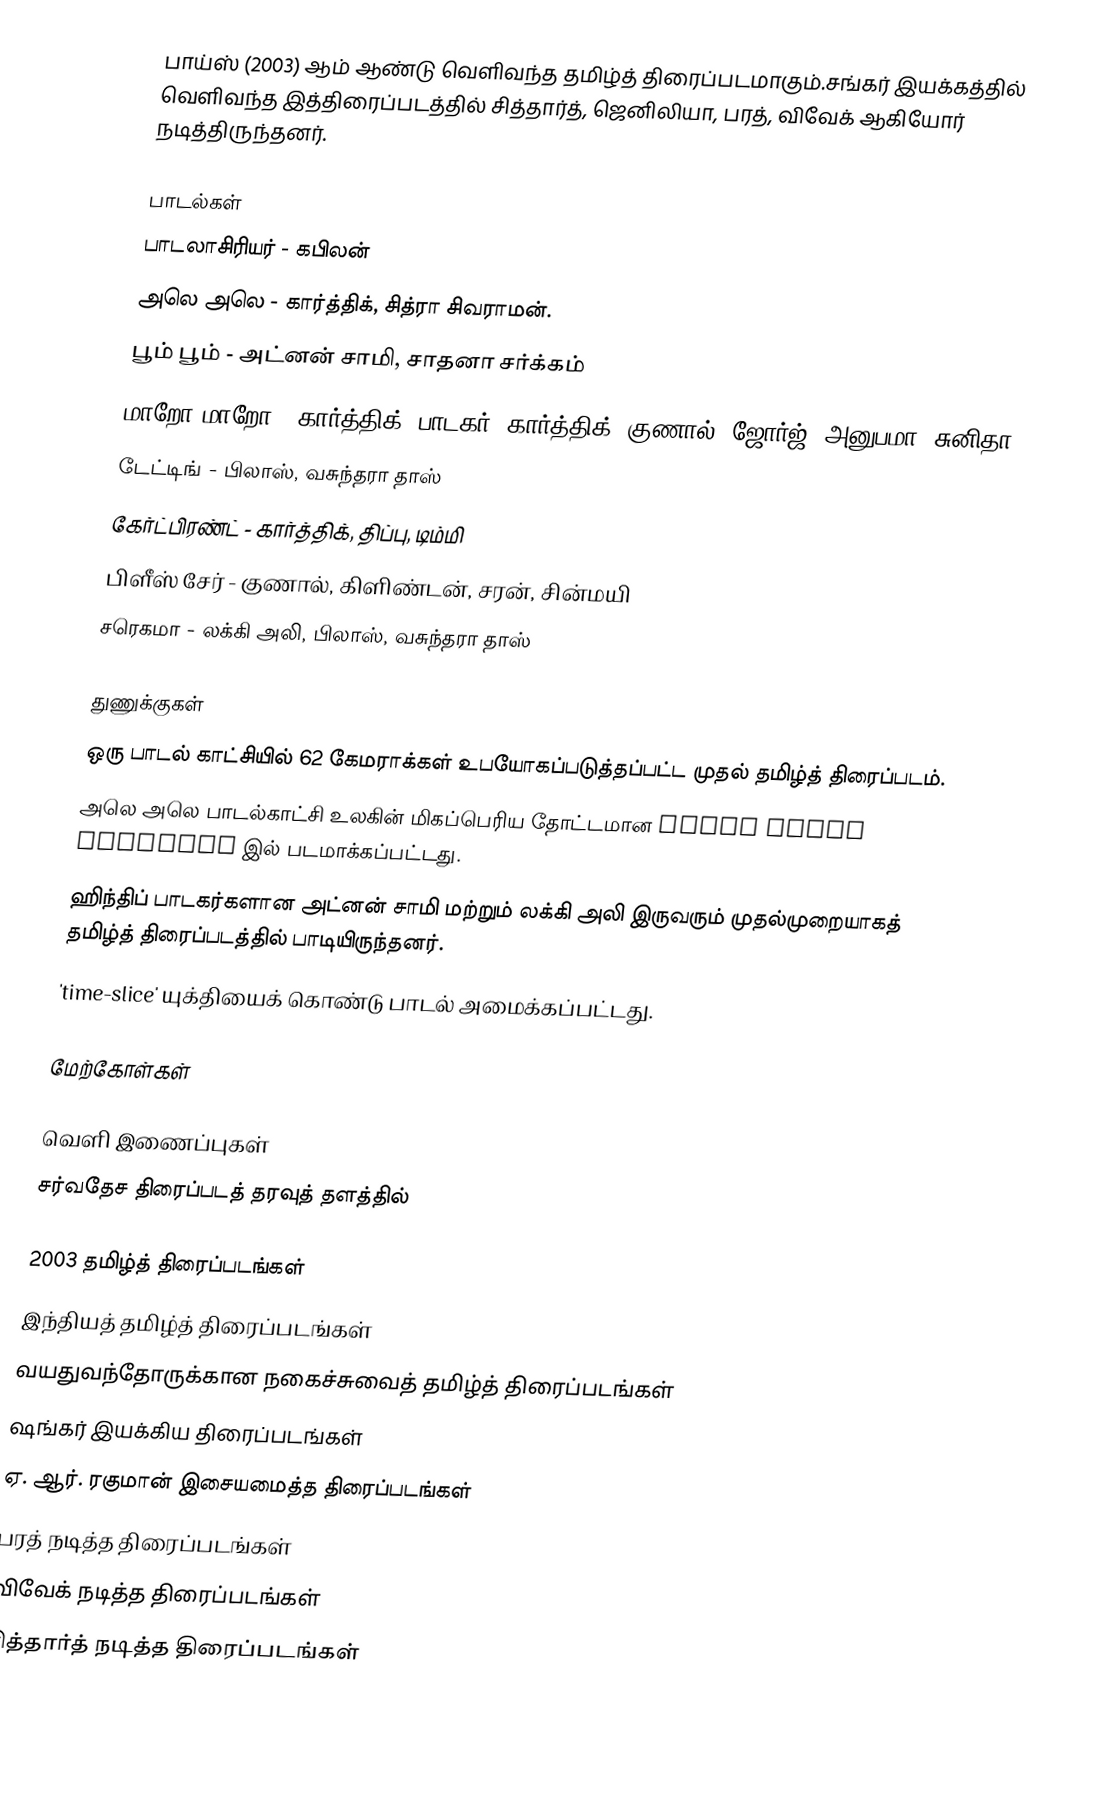
பாய்ஸ் (2003) ஆம் ஆண்டு வெளிவந்த தமிழ்த் திரைப்படமாகும்.சங்கர் இயக்கத்தில் வெளிவந்த இத்திரைப்படத்தில் சித்தார்த், ஜெனிலியா, பரத், விவேக் ஆகியோர் நடித்திருந்தனர்.

பாடல்கள்
பாடலாசிரியர் - கபிலன்
அலெ அலெ  - கார்த்திக், சித்ரா சிவராமன்.
பூம் பூம் - அட்னன் சாமி, சாதனா சர்க்கம்
மாறோ மாறோ - கார்த்திக் (பாடகர்)|கார்த்திக், குணால், ஜோர்ஜ், அனுபமா, சுனிதா
டேட்டிங் - பிலாஸ், வசுந்தரா தாஸ்
கேர்ட்பிரண்ட்  - கார்த்திக், திப்பு, டிம்மி
பிளீஸ் சேர் - குணால், கிளிண்டன், சரன், சின்மயி
சரெகமா - லக்கி அலி, பிலாஸ், வசுந்தரா தாஸ்

துணுக்குகள்
 ஒரு பாடல் காட்சியில் 62 கேமராக்கள் உபயோகப்படுத்தப்பட்ட முதல் தமிழ்த் திரைப்படம்.
 அலெ அலெ பாடல்காட்சி உலகின் மிகப்பெரிய தோட்டமான Bride Stove Lavender இல் படமாக்கப்பட்டது.
 ஹிந்திப் பாடகர்களான அட்னன் சாமி மற்றும் லக்கி அலி இருவரும் முதல்முறையாகத் தமிழ்த் திரைப்படத்தில் பாடியிருந்தனர்.
 'time-slice' யுக்தியைக் கொண்டு பாடல் அமைக்கப்பட்டது.

மேற்கோள்கள்

வெளி இணைப்புகள்
சர்வதேச திரைப்படத் தரவுத் தளத்தில்

2003 தமிழ்த் திரைப்படங்கள்
இந்தியத் தமிழ்த் திரைப்படங்கள்
வயதுவந்தோருக்கான நகைச்சுவைத் தமிழ்த் திரைப்படங்கள்
ஷங்கர் இயக்கிய திரைப்படங்கள்
ஏ. ஆர். ரகுமான் இசையமைத்த திரைப்படங்கள்
பரத் நடித்த திரைப்படங்கள்
விவேக் நடித்த திரைப்படங்கள்
சித்தார்த் நடித்த திரைப்படங்கள்